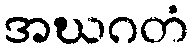
အဃဂတံ